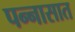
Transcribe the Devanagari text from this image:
पन्‍नासात